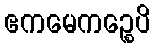
ဧကမေကဉ္စေပိ